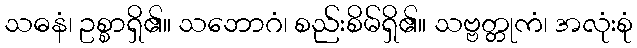
သဓနံ၊ ဥစ္စာရှိ၏။ သဘောဂံ၊ စည်းစိမ်ရှိ၏။ သဗ္ဗတ္တုကံ၊ အလုံးစုံ